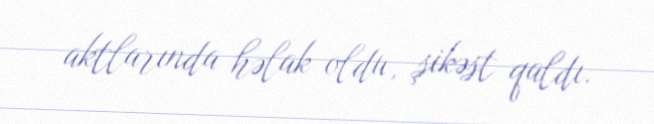
aktlarında həlak oldu, şikəst qaldı.